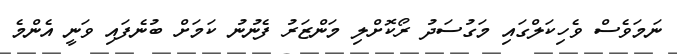
ނަމަވެސް ވެހިކަލްގައި މަގުސަދު ރޯކޮށްލި މަންޒަރު ފެނުނު ކަމަށް ބުނެފައި ވަނީ އެންމެ